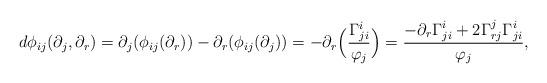
LaTeX: \begin{align*} d\phi_{ij}(\partial_j,\partial_r)=\partial_j(\phi_{ij}(\partial_r))-\partial_r(\phi_{ij}(\partial_j))=-\partial_r\Big(\frac{\Gamma_{ji}^i}{\varphi_j}\Big)=\frac{-\partial_r\Gamma_{ji}^i+2\Gamma_{rj}^j\Gamma_{ji}^i}{\varphi_j}, \end{align*}